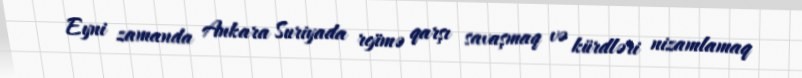
Eyni zamanda Ankara Suriyada rejimə qarşı savaşmaq və kürdləri nizamlamaq